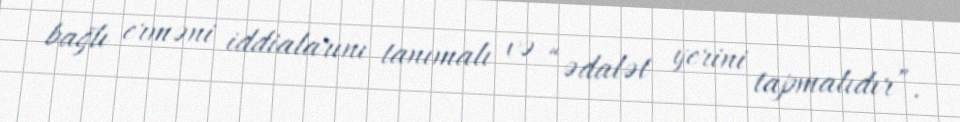
bağlı erməni iddialarını tanımalı və “ədalət yerini tapmalıdır”.